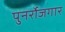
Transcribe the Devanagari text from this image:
पुनर्रोजगार